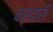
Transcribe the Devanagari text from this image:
बारदारी